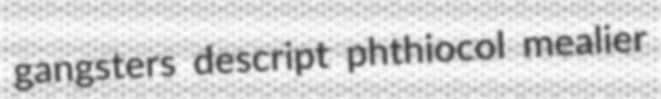
gangsters descript phthiocol mealier